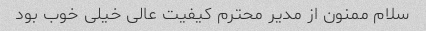
سلام ممنون از مدیر محترم کیفیت عالی خیلی خوب بود